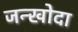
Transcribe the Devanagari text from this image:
जन्खोदा